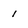
Character: 1